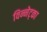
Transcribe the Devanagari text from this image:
विन्नेट्का